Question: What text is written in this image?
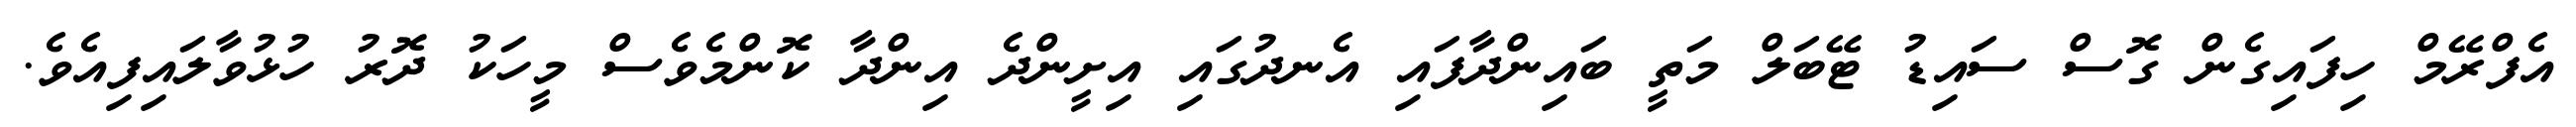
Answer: އެފްރޭމް ހިފައިގެން ގޮސް ސައިޑު ޓޭބަލް މަތީ ބައިންދާފައި އެނދުގައި އިށީންދެ އިންދާ ކޮންމެވެސް މީހަކު ދޮރު ހުޅުވާލައިފިއެވެ.